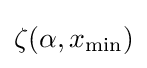
\zeta (\alpha ,x_{\mathrm {min} })